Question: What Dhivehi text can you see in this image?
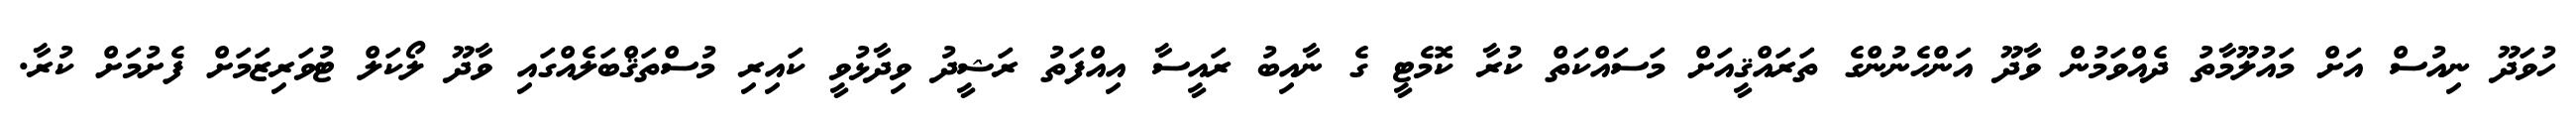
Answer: ހުވަދޫ ނިއުސް އަށް މައުލޫމާތު ދެއްވަމުން ވާދޫ އަންހެނުންގެ ތަރައްޤީއަށް މަސައްކަތް ކުރާ ކޮމެޓީ ގެ ނާއިބު ރައީސާ އިއްފަތު ރަޝީދު ވިދާޅުވީ ކައިރި މުސްތަޤްބަލެއްގައި ވާދޫ ލޯކަލް ޓުވަރިޒަމަށް ފެށުމަށް ކުރާ.